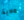
مادية